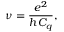
\nu = \frac { e ^ { 2 } } { h C _ { q } } ,